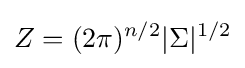
Z=(2\pi )^{n/2}|\Sigma |^{1/2}